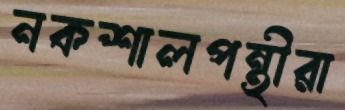
নকশালপন্থীরা